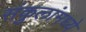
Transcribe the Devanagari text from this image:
संकुलांमध्ये